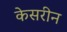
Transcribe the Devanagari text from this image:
केसरीन